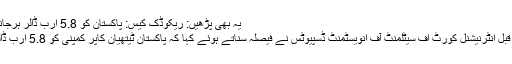
یہ بھی پڑھیں: ریکوڈک کیس: پاکستان کو 5.8 ارب ڈالر ہرجانہ ادا کرنے کا حکم
یاد رہے کہ تین دن قبل انٹرنیشنل کورٹ آف سیٹلمنٹ آف انویسٹمنٹ ڈسپیوٹس نے فیصلہ سناتے ہوئے کہا کہ پاکستان ٹیتھیان کاپر کمپنی کو 5.8 ارب ڈالر ہرجانہ ادا کرے۔